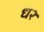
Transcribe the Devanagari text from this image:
ध२